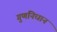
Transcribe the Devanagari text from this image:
गुणनिधान